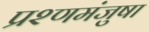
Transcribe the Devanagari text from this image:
प्रश्णमंजुषा